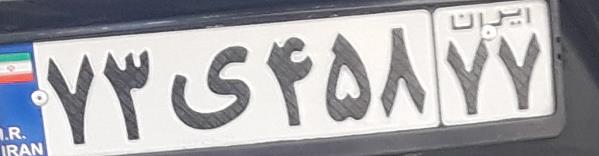
۷۳ی۴۵۸۷۷